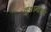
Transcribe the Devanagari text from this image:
कुशानांच्या